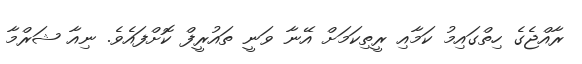
ރާއްޖެގެ ހިތްގައިމު ކަމާއި ރީތިކަމަށް އޭނާ ވަނީ ތައުރީފް ކޮށްފައެވެ. ނިއާ ޝަރްމާ